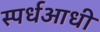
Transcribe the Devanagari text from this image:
स्पर्धआधी